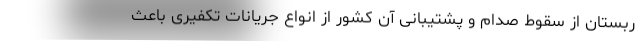
ربستان از سقوط صدام و پشتیبانی آن کشور از انواع جریانات تکفیری باعث